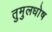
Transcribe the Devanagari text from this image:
तुमुलधोष